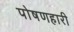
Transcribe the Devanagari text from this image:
पोषणहारी